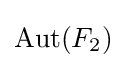
\mathrm {Aut} (F_{2})